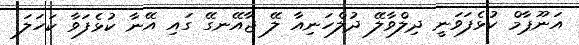
އަނޫޕާމް ކުޅެފަވަނީ ދިލްވާލޭ ދުލްހަނިއާ ލޭ ޖާއޭނގޭ ގައި އޭނާ ކުޅެފަވާ ކަހަލަ